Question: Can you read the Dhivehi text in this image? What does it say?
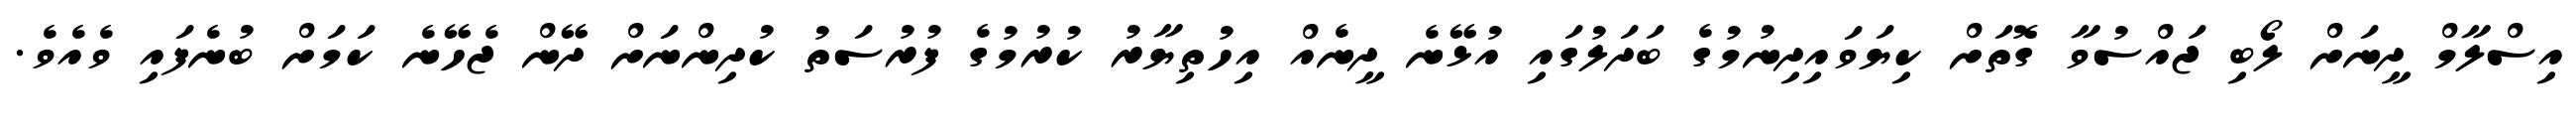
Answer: އިސްލާމް ދީނަށް ލޯބި ޖައްސުވާ ގޮތަށް ކިޔަވައިދިނުމުގެ ބަދަލުގައި އުޅޭނެ ދީނެއް އިހުތިޔާރު ކުރުމުގެ ފުރުސަތު ކުދިންނަށް ދޭން ޖެހޭނެ ކަމަށް ބުނެފައި ވެއެވެ.